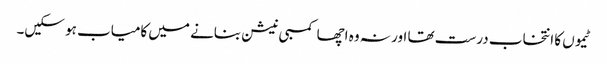
ٹیموں کا انتخاب درست تھا اور نہ وہ اچھا کمبی نیشن بنانے میں کامیاب ہو سکیں۔